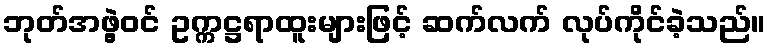
ဘုတ်အဖွဲ့ဝင် ဥက္ကဋ္ဌရာထူးများဖြင့် ဆက်လက် လုပ်ကိုင်ခဲ့သည်။